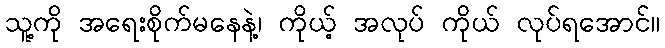
သူ့ကို အရေးစိုက်မနေနဲ့၊ ကိုယ့် အလုပ် ကိုယ် လုပ်ရအောင်။